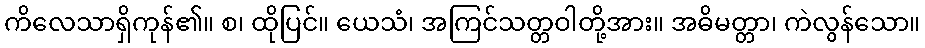
ကိလေသာရှိကုန်၏။ စ၊ ထိုပြင်။ ယေသံ၊ အကြင်သတ္တဝါတို့အား။ အဓိမတ္တာ၊ ကဲလွန်သော။